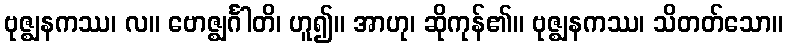
ဗုဇ္ဈနကဿ၊ လ။ ဗောဇ္ဈင်္ဂါတိ၊ ဟူ၍။ အာဟု၊ ဆိုကုန်၏။ ဗုဇ္ဈနကဿ၊ သိတတ်သော။